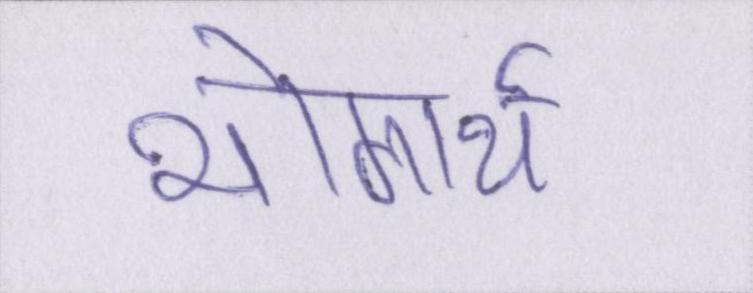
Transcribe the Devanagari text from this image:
भोगार्थ